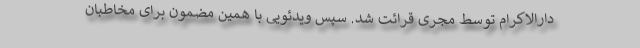
دارالاکرام توسط مجری قرائت شد. سپس ویدئویی با همین مضمون برای مخاطبان